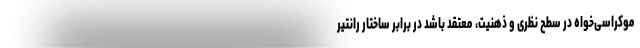
موکراسی‌خواه در سطح نظری و ذهنیت، معتقد باشد در برابر ساختار رانتیر